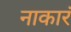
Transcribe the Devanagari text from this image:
नाकारं